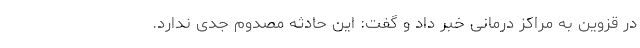
در قزوین به مراکز درمانی خبر داد و گفت: این حادثه مصدوم جدی ندارد.